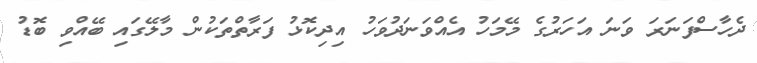
ދެހާސްފަނަރަ ވަނަ އަހަރުގެ މޭމަހު އެއްވަނަދުވަހު އިދިކޮޅު ފަރާތްތަކުން މާލޭގައި ބޭއްވި ބޮޑު